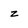
Character: z